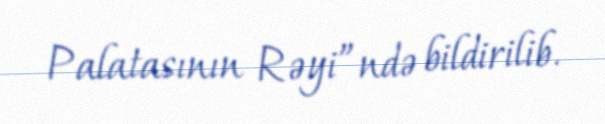
Palatasının Rəyi”ndə bildirilib.